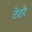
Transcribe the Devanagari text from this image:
टेटरे